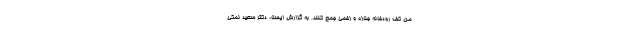
من کف رودخانه جنازه و زخمی جمع کنند. به گزارش ایسنا، دکتر سعید نمکی